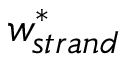
w _ { s t r a n d } ^ { * }